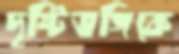
দৃষ্টিভঙ্গিকে